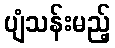
ပျံသန်းမည့်